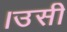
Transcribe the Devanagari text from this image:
।उसी